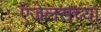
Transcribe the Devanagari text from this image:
एंजेलसच्या